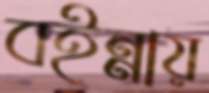
বইন্নায়